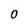
Character: 0